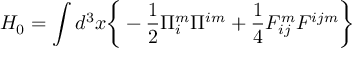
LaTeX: H _ { 0 } = \int d ^ { 3 } x \bigg \{ - \frac { 1 } { 2 } \Pi _ { i } ^ { m } \Pi ^ { i m } + \frac { 1 } { 4 } F _ { i j } ^ { m } F ^ { i j m } \bigg \}